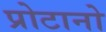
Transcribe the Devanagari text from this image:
प्रोटानो